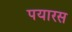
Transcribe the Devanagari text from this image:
पयारस